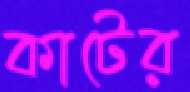
কাটের